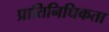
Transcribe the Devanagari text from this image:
प्रातिनिधिकता